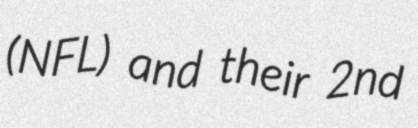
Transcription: (NFL) and their 2nd